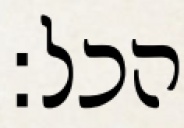
הכל: